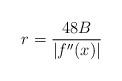
LaTeX: \begin{align*}r = \frac{48 B }{|f''(x)|}\end{align*}